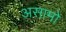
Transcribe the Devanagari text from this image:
असामो